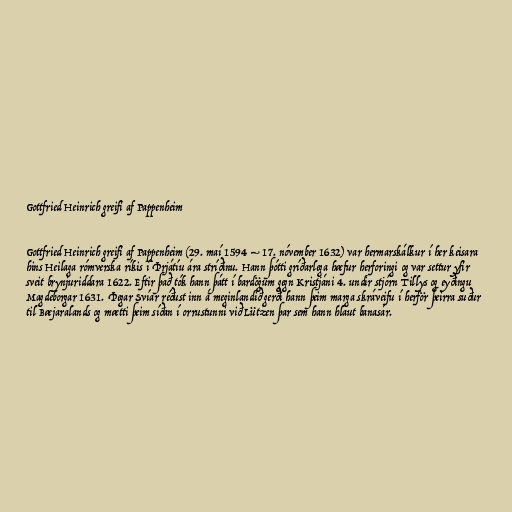
Gottfried Heinrich greifi af Pappenheim

Gottfried Heinrich greifi af Pappenheim (29. maí 1594 – 17. nóvember 1632) var hermarskálkur í her keisara
hins Heilaga rómverska ríkis í Þrjátíu ára stríðinu. Hann þótti gríðarlega hæfur herforingi og var settur yfir
sveit brynjuriddara 1622. Eftir það tók hann þátt í bardögum gegn Kristjáni 4. undir stjórn Tillys og eyðingu
Magdeborgar 1631. Þegar Svíar réðust inn á meginlandið gerði hann þeim marga skráveifu í herför þeirra suður
til Bæjaralands og mætti þeim síðan í orrustunni við Lützen þar sem hann hlaut banasár.